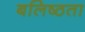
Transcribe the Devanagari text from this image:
बलिष्ठता